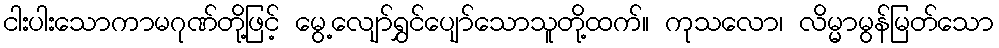
ငါးပါးသောကာမဂုဏ်တို့ဖြင့် မွေ့လျော်ရွှင်ပျော်သောသူတို့ထက်။ ကုသလော၊ လိမ္မာမွန်မြတ်သော